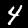
Label: 4